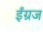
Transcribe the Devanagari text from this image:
ईंग्रज